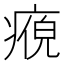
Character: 𭼘